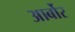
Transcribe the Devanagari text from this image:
आर्बोर